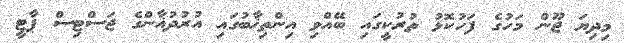
މިދިޔަ ޖޫން މަހުގެ ފަހުކޮޅު ތުރުކީގައި ބޭއްވި އިންތިޚާބުގައި އުރުދުޣާންގެ ޖަސްޓިސް ޕާޓީ